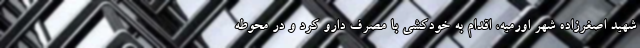
شهید اصغرزاده شهر اورمیه، اقدام به خودکشی با مصرف دارو کرد و در محوطه